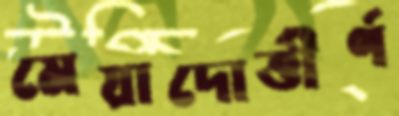
মেয়াদোত্তীর্ণ